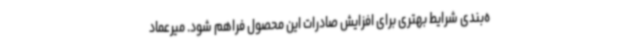
ه‌بندی شرایط بهتری برای افزایش صادرات این محصول فراهم شود. میرعماد